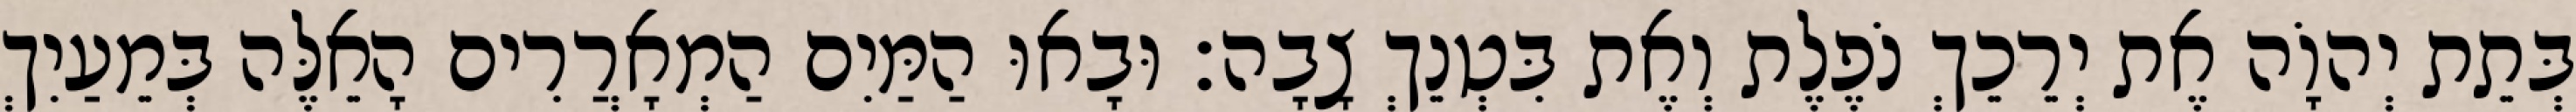
בְּתֵת יְהוָֹה אֶת יְרֵכֵךְ נֹפֶלֶת וְאֶת בִּטְנֵךְ צָבָה׃ וּבָאוּ הַמַּיִם הַמְאָרֲרִים הָאֵלֶּה בְּמֵעַיִךְ